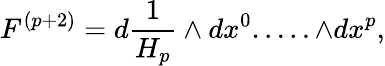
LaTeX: F^{(p+2)}=d{\frac{1}{H_{p}}}\wedge dx^{0}.....\wedge dx^{p},